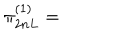
LaTeX: \pi _ { 2 n L } ^ { ( 1 ) } =